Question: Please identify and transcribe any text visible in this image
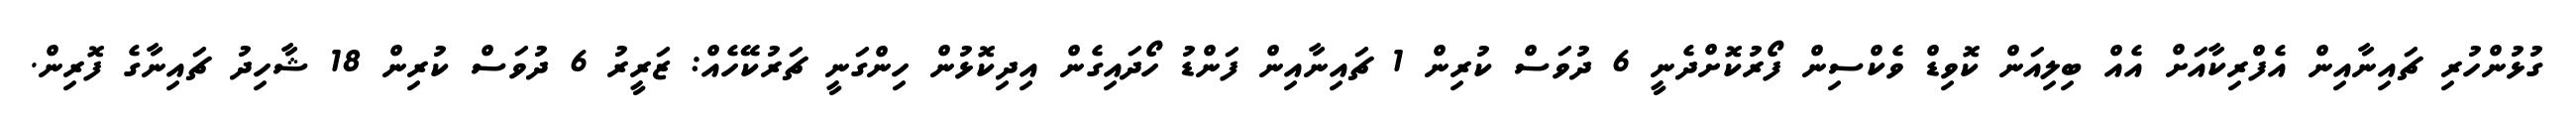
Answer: ގުޅުންހުރި ޗައިނާއިން އެފްރިކާއަށް އެއް ބިލިއަން ކޮވިޑް ވެކްސިން ފޯރުކޮށްދެނީ 6 ދުވަސް ކުރިން 1 ޗައިނާއިން ފަންޑު ހޯދައިގެން އިދިކޮޅުން ހިންގަނީ ޗަރުކޭހެއް: ޒަރީރު 6 ދުވަސް ކުރިން 18 ޝާހިދު ޗައިނާގެ ފޮރިން.